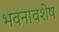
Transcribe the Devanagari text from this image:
भवनावशेष